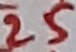
Text: 25